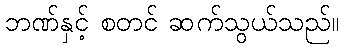
ဘဏ်နှင့် စတင် ဆက်သွယ်သည်။